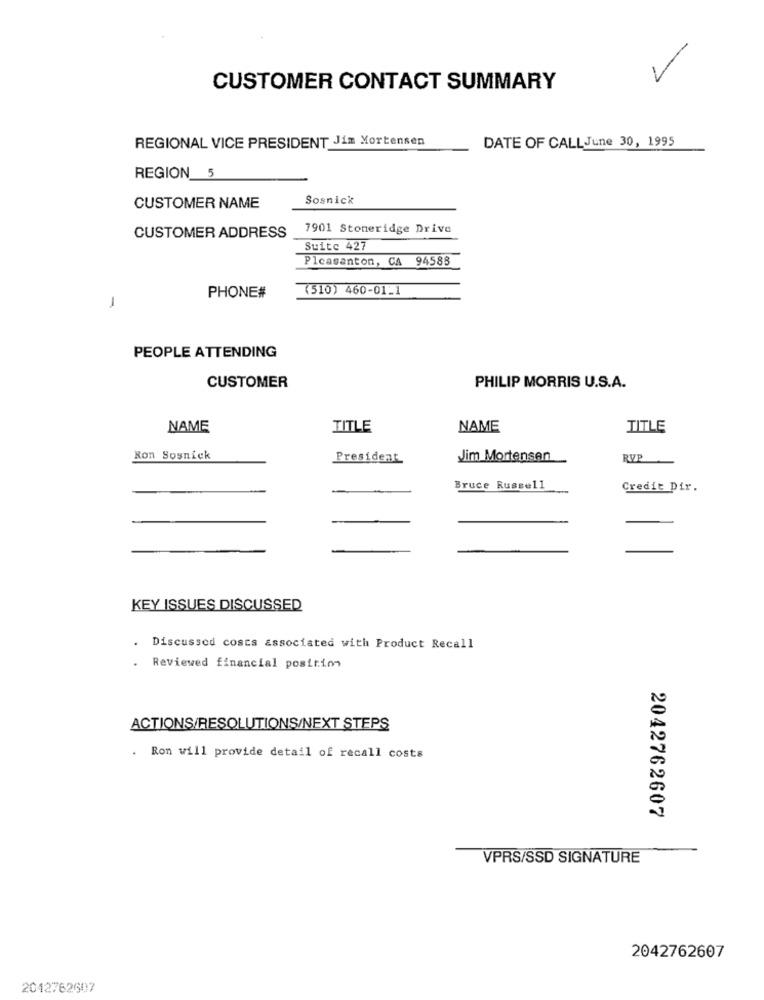
7
CUSTOMER CONTACT SUMMARY
REGIONAL VICE PRESIDENT Jim Mortensen
DATE OF CALLJune 30, 1995
REGION 5
Sosnick
CUSTOMER NAME
7901 Stoneridge Drive
CUSTOMER ADDRESS
Suite 427
Pleasanton, CA 94585
(510) 460-01_1
PHONE#
PEOPLE ATTENDING
CUSTOMER
PHILIP MORRIS U.S.A.
NAME
TITLE
NAME
TITLE
Ron Sosnick
President
Jim Mortensen
RV
Bruce Russell
Credit Dir.
KEY ISSUES DISCUSSED
.
Discussed costs associated with Product Recall
.
Reviewed financial position
ACTIONS/RESOLUTIONS/NEXT STEPS
. Ron will provide detail of recall costs
2042762607
VPRS/SSD SIGNATURE
2042762607
2042762607